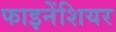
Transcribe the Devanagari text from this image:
फाइनेंशियर